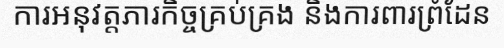
ការអនុវត្តភារកិច្ចគ្រប់គ្រង និងការពារព្រំដែន